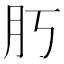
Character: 𦘰